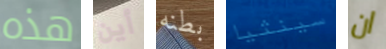
هذه أين بطنه سينثيا ان